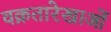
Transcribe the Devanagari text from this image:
वक्रतारेखाओं